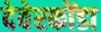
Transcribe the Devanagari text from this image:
देवेरकोंडा